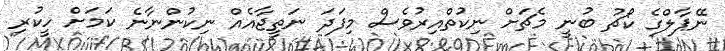
ނޭޕާލްގެ ކޯޗު ބުނީ މެޗަށް ނިކުތްއިރުވެސް މިފަދަ ނަތީޖާއެއް ނިކުންނާނެ ކަމަށް ހީކުރި